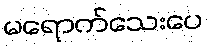
မရောက်သေးပေ